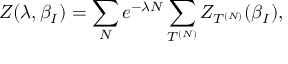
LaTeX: Z ( \lambda , \beta _ { I } ) = \sum _ { N } e ^ { - \lambda N } \sum _ { T ^ { ( N ) } } Z _ { T ^ { ( N ) } } ( \beta _ { I } ) ,